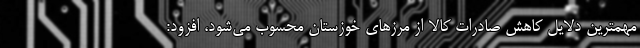
مهمترین دلایل کاهش صادرات کالا از مرزهای خوزستان محسوب می‌شود، افزود: